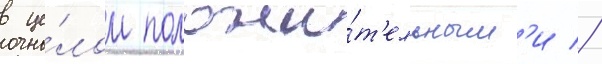
в це́лом положи́т'ельным'и //